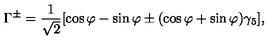
\Gamma ^ { \pm } = \frac { 1 } { \sqrt { 2 } } [ \cos \varphi - \sin \varphi \pm ( \cos \varphi + \sin \varphi ) \gamma _ { 5 } ] ,